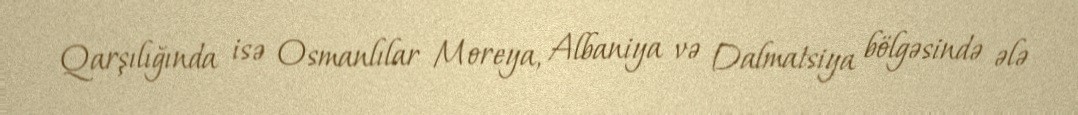
Qarşılığında isə Osmanlılar Moreya, Albaniya və Dalmatsiya bölgəsində ələ